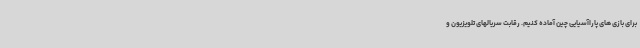
برای بازی های پاراآسیایی چین آماده کنیم. رقابت سریالهای تلویزیون و